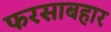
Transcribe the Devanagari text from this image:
फरसाबहार